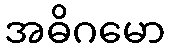
အဓိဂမော